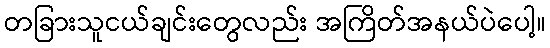
တခြားသူငယ်ချင်းတွေလည်း အကြိတ်အနယ်ပဲပေါ့။